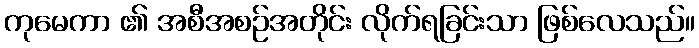
ကုမေကာ ၏ အစီအစဉ်အတိုင်း လိုက်ရခြင်းသာ ဖြစ်လေသည်။